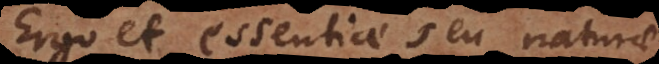
Ergo et essentiae seu naturae